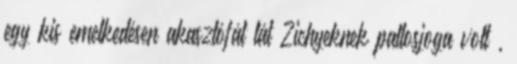
egy kis emelkedésen akasztófát lát Zichyeknek pallosjoga volt ,